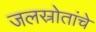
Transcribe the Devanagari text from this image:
जलस्रोतांचे